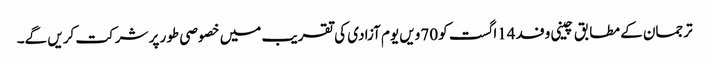
ترجمان کے مطابق چینی وفد 14اگست کو 70ویں یوم آزادی کی تقریب میں خصوصی طور پر شرکت کریں گے۔